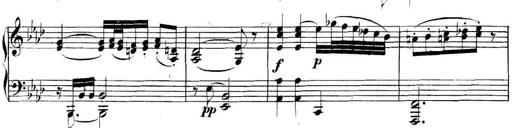
Title: Collected Piano Sonatas
Composer: Muzio Clementi